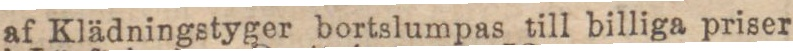
af Klädningstyger bortslumpas till billiga priser